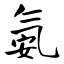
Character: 氨